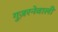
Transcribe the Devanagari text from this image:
गुज़रनेवाली